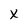
Character: X